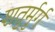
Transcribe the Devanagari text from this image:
शतुर्मुर्ग